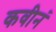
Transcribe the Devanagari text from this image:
कवीनं